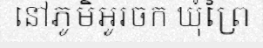
នៅភូមិអូរចក ឃុំព្រៃ